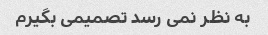
به نظر نمی رسد تصمیمی بگیرم